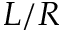
L / R